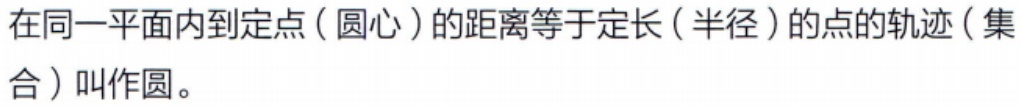
在同一平面内到定点（圆心）的距离等于定长（半径）的点的轨迹（集合）叫作圆。